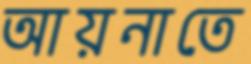
আয়নাতে